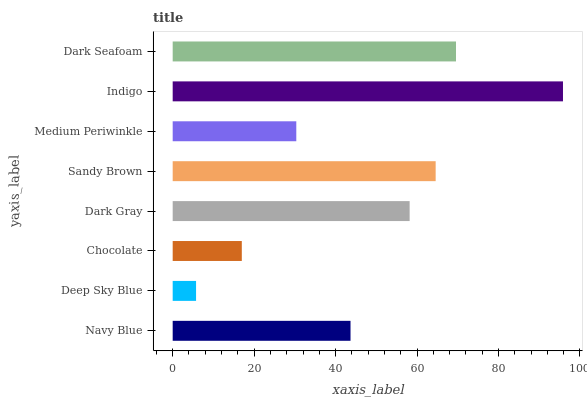
| yaxis_label | bars |
 | --- | --- |
 | Navy Blue | 43.7 |
 | Deep Sky Blue | 5.74 |
 | Chocolate | 17 |
 | Dark Gray | 58.2 |
 | Sandy Brown | 64.6 |
 | Medium Periwinkle | 30.4 |
 | Indigo | 95.8 |
 | Dark Seafoam | 69.6 |